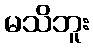
မသိဘူး